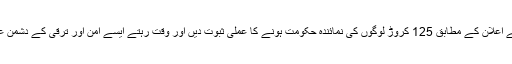
یہ وقت ہے کہ وزیر اعظم اپنے اعلان کے مطابق 125 کروڑ لوگوں کی نمائندہ حکومت ہونے کا عملی ثبوت دیں اور وقت رہتے ایسے امن اور ترقی کے دشمن عناصر کی زبانوں کو لگام دیں۔